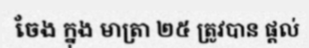
ចែង ក្នុង មាត្រា ២៥ ត្រូវបាន ផ្តល់